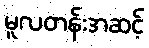
မူလတန်းအဆင့်